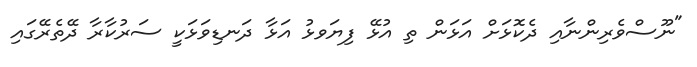
"ނޫސްވެރިންނާއި ދެކޮޅަށް އަޅަން ތި އުޅޭ ފިޔަވޅު އަޅާ ދަނޑިވަޅަކީ ސަރުކާރާ ދޭތެރޭގައި